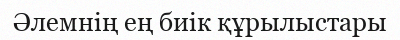
Әлемнің ең биік құрылыстары